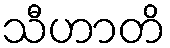
သီဟာတိ